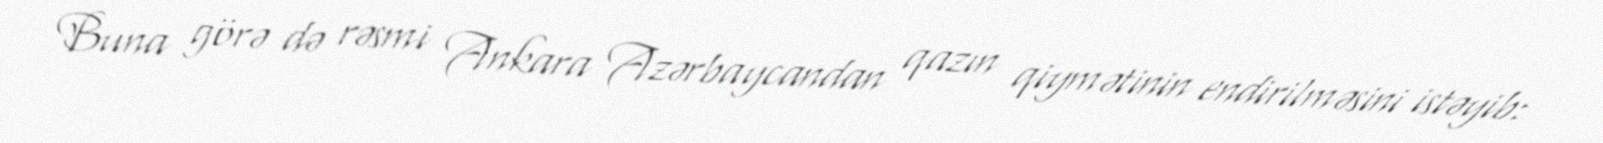
Buna görə də rəsmi Ankara Azərbaycandan qazın qiymətinin endirilməsini istəyib: